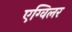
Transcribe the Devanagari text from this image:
एग्विलर